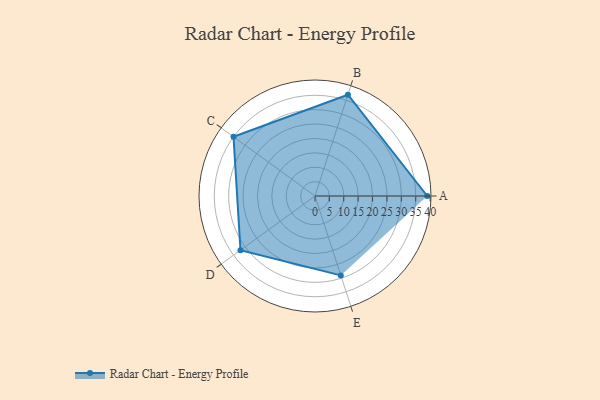
{"axis": {"x": "Skill", "y": "Score"}, "legend": ["Profile"], "data": [{"x": "A", "y": 39.0, "type": "Profile"}, {"x": "B", "y": 37.0, "type": "Profile"}, {"x": "C", "y": 35.0, "type": "Profile"}, {"x": "D", "y": 32.0, "type": "Profile"}, {"x": "E", "y": 29.0, "type": "Profile"}]}